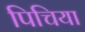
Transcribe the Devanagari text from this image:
पिचिया